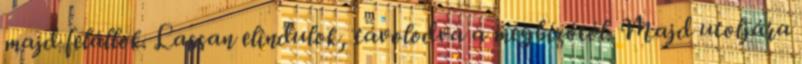
majd felállok. Lassan elindulok, távolodva a megbízótól. Majd utoljára